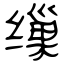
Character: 缫